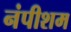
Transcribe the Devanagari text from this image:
नंपीशम